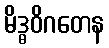
မိဒ္ဓဝိဂတေန